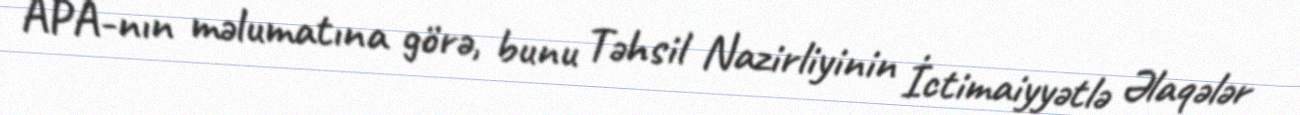
APA-nın məlumatına görə, bunu Təhsil Nazirliyinin İctimaiyyətlə Əlaqələr